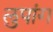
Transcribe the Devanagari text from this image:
लुपांग